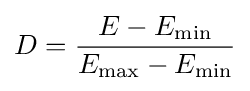
D={\frac {E-E_{\mathrm {min} }}{E_{\mathrm {max} }-E_{\mathrm {min} }}}